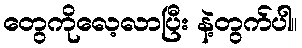
တွေကိုလေ့လာပြီး နဲ့တွက်ပါ။